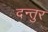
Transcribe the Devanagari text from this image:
दन्तुर